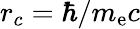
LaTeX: r_{c}=\hbar/m_{\mathrm{e}}c